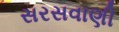
સરસવાણી